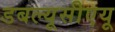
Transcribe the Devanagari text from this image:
डबल्यूसीएयू